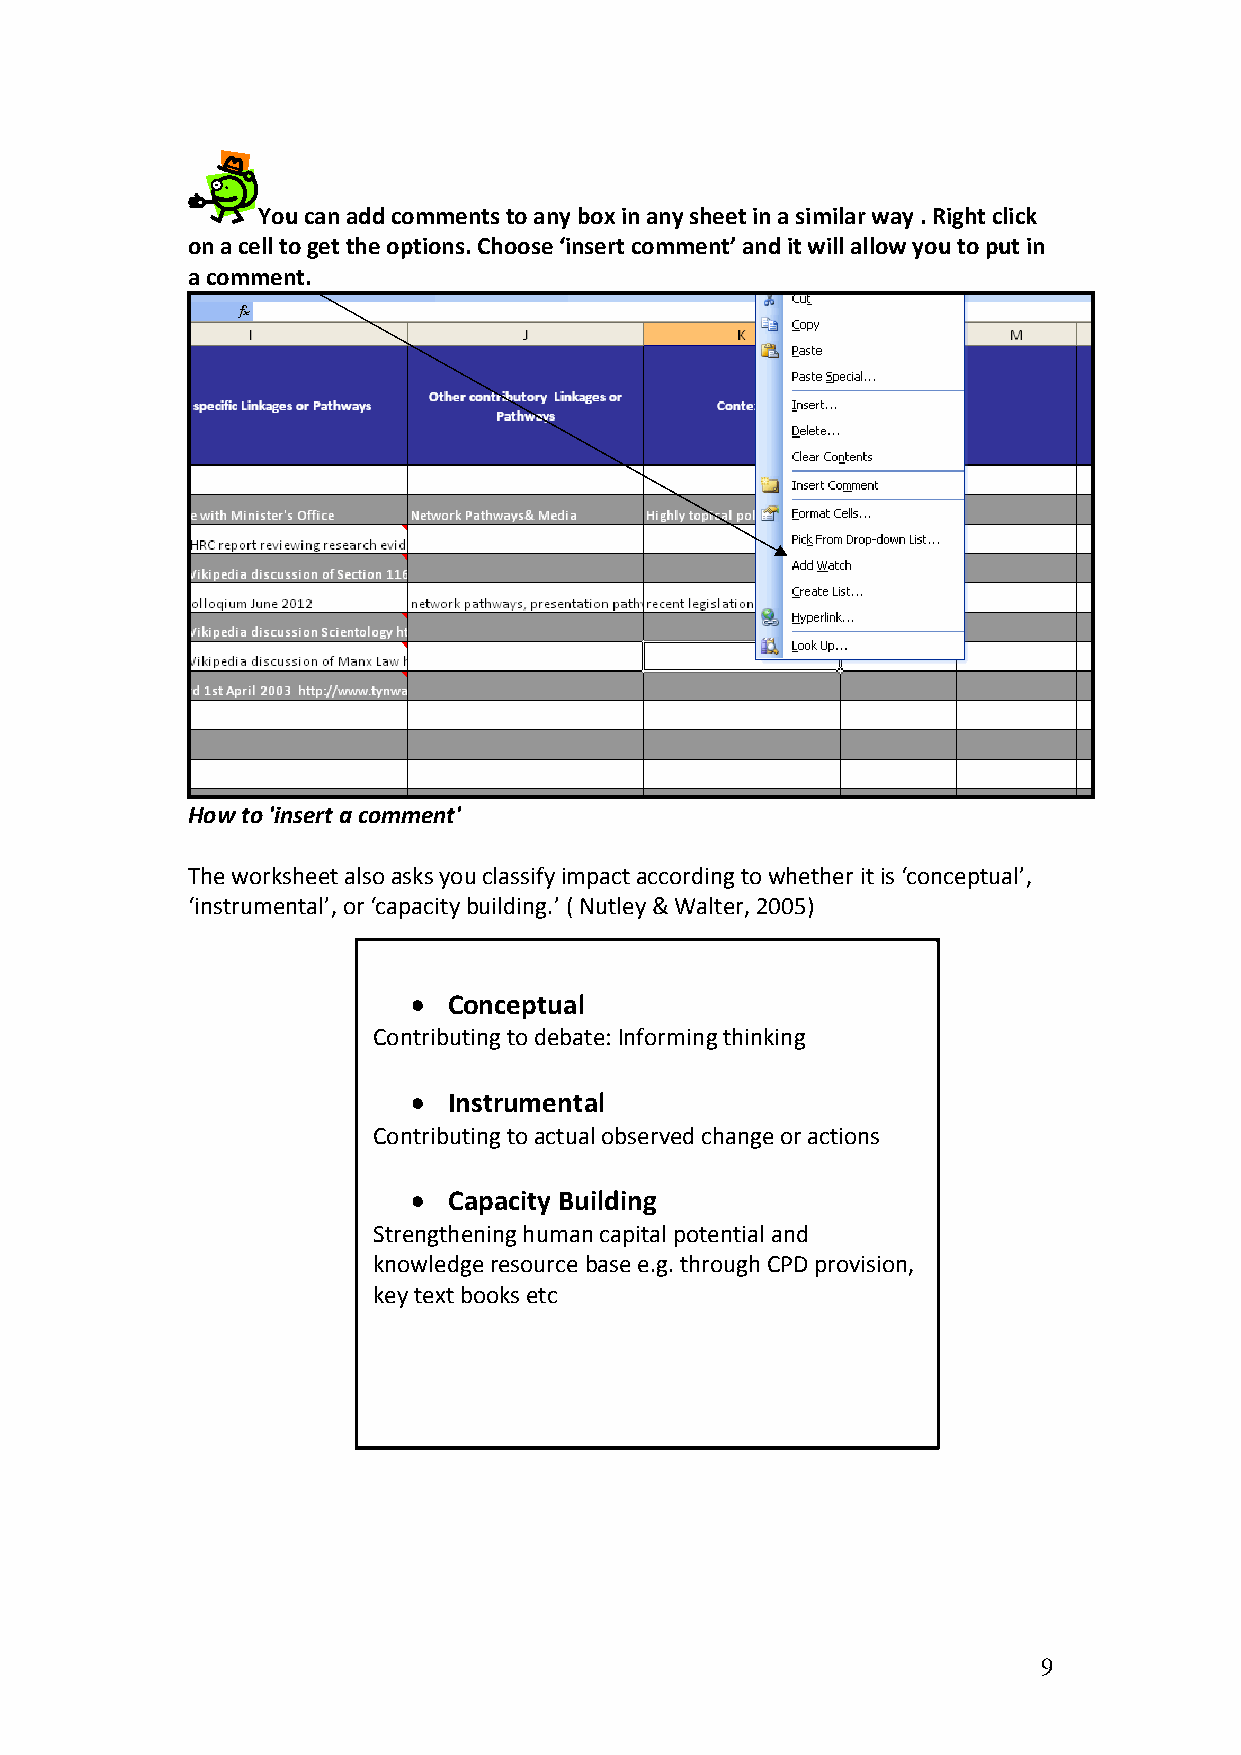
You can add comments to any box in any sheet in a similar way . Right click
 on a cell to get the options. Choose ‘insert comment’ and it will allow you to put in
 a comment.
 How to 'insert a comment'
 The worksheet also asks you classify impact according to whether it is ‘conceptual’,
 ‘instrumental’, or ‘capacity building.’ ( Nutley & Walter, 2005)
 •  Conceptual
 Contributing to debate: Informing thinking
 •  Instrumental
 Contributing to actual observed change or actions
 •  Capacity Building
 Strengthening human capital potential and
 knowledge resource base e.g. through CPD provision,
 key text books etc
 9